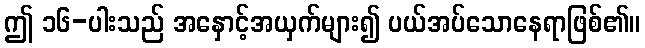
ဤ ၁၆-ပါးသည် အနှောင့်အယှက်များ၍ ပယ်အပ်သောနေရာဖြစ်၏။